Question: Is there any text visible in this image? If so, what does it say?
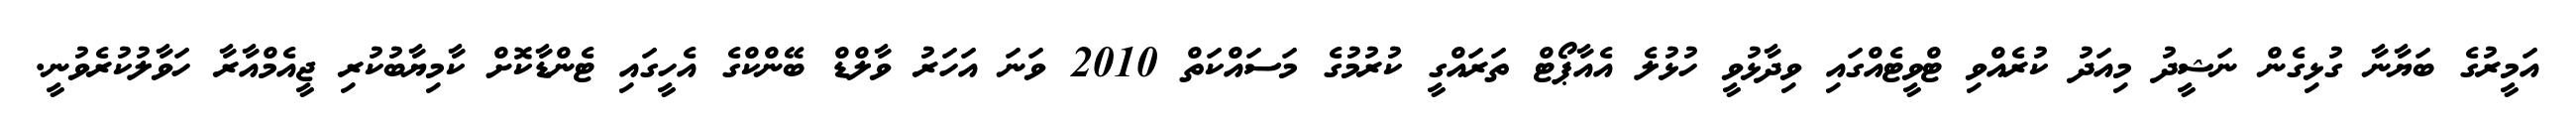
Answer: އަމީރުގެ ބަޔާނާ ގުޅިގެން ނަޝީދު މިއަދު ކުރެއްވި ޓްވީޓެއްގައި ވިދާޅުވީ ހުޅުލެ އެއާޕޯޓް ތަރައްގީ ކުރުމުގެ މަސައްކަތް 2010 ވަނަ އަހަރު ވާލްޑް ބޭންކްގެ އެހީގައި ޓެންޑާކޮށް ކާމިޔާބުކުރި ޖީއެމްއާރާ ހަވާލުކުރެވުނީ.